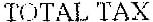
TOTAL TAX